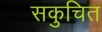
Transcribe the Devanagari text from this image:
सकुचित